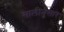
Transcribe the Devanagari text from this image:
सालीनुसार